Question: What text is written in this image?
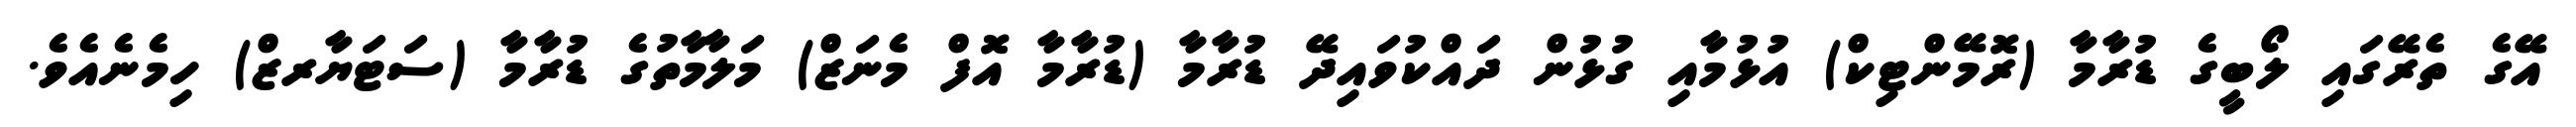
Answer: އޭގެ ތެރޭގައި ލޯބީގެ ޑުރާމާ (ރޮމޭންޓިކް) އުޅުމާއި ގުޅުން ދައްކުވައިދޭ ޑުރާމާ (ޑުރާމާ އޮފް މެނަޒް) މަލާމާތުގެ ޑުރާމާ (ސަޓަޔާރޒް) ހިމެނެއެވެ.